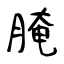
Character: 腌